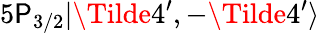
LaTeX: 5\mathsf{P}_{3/2}|\Tilde{4}^{\prime},-\Tilde{4}^{\prime}\rangle